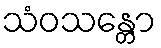
သံဝသန္တော